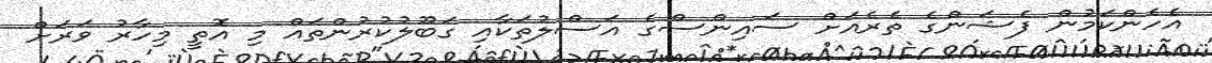
އެހެންކަމުން ފެޝަންގެ ތެރެއަށް ސައިންސްގެ އަސްލުތަކާއި ގަބޫލުކުރުންތައް މި އޮތީ މިހާރު ވަރަށް